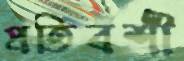
প্রতিবশী